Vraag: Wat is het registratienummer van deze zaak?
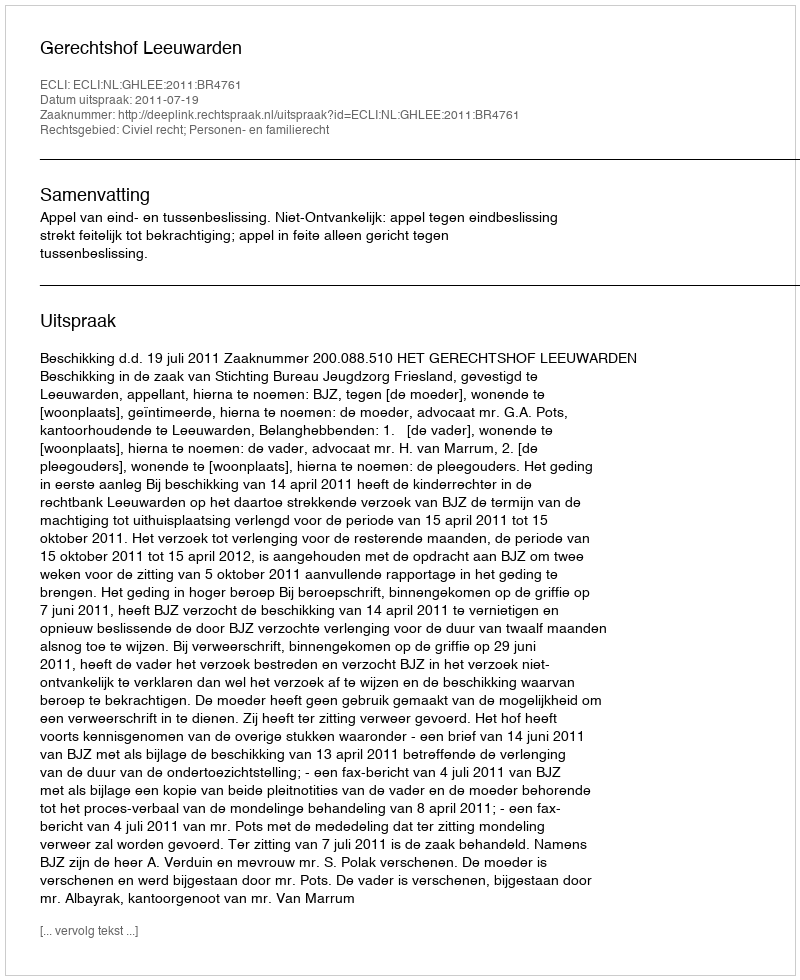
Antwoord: http://deeplink.rechtspraak.nl/uitspraak?id=ECLI:NL:GHLEE:2011:BR4761